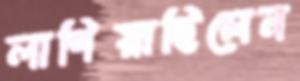
লাগিয়াছিলেন